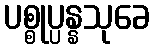
ပစ္စုပ္ပန္နသုခေ